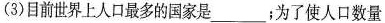
(3)目前世界上人口最多的国家是___；为了使人口数量